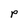
Character: p